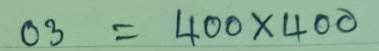
03 = 400 x 400